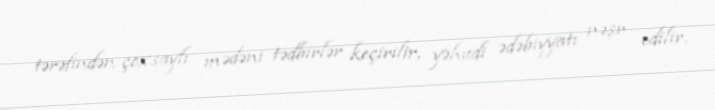
tərəfindən çoxsaylı mədəni tədbirlər keçirilir, yəhudi ədəbiyyatı nəşr edilir,